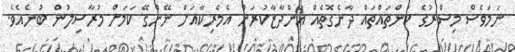
ނަމަވެސް މިސްރުގެ ކަންތައްތައް ދާނެގޮތެއް އަންދާޒާކުރަން އެމެރިކާއަށް ނޭންގޭ ކަމަށް މުރާސިލުން ބުނެއެވެ.